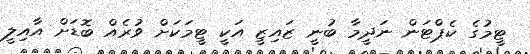
ޓީމުގެ ކެޕްޓަން ނަދީމާ ބުނީ ޒައިޒީ އަކީ ޓީމަކަށް ވުރެއް ބޮޑަށް އާއިލީ